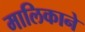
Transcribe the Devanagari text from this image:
मालिकाने